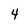
Character: 4